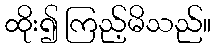
ထိုး၍ ကြည့်မိသည်။